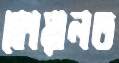
কোয়ালত